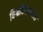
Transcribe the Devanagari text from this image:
विश्वविद्यालयओं